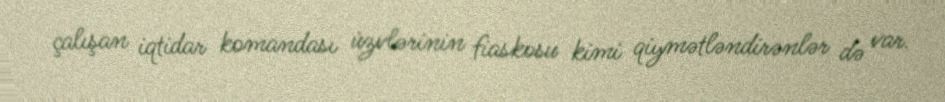
çalışan iqtidar komandası üzvlərinin fiaskosu kimi qiymətləndirənlər də var.